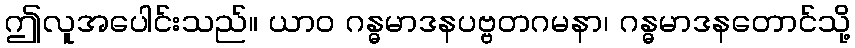
ဤလူအပေါင်းသည်။ ယာဝ ဂန္ဓမာဒနပဗ္ဗတဂမနာ၊ ဂန္ဓမာဒနတောင်သို့